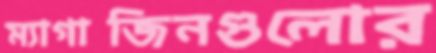
ম্যাগাজিনগুলোর